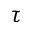
\tau